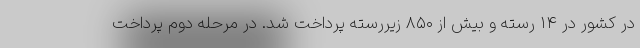
در کشور در ۱۴ رسته و بیش از ۸۵۰ زیررسته پرداخت شد. در مرحله دوم پرداخت